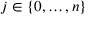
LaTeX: j \in \{ 0 , \ldots , n \}